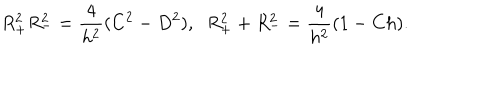
LaTeX: R _ { + } ^ { 2 } R _ { - } ^ { 2 } = \frac { 4 } { h ^ { 2 } } ( C ^ { 2 } - D ^ { 2 } ) , \; \; R _ { + } ^ { 2 } + R _ { - } ^ { 2 } = \frac { 4 } { h ^ { 2 } } ( 1 - C h ) .